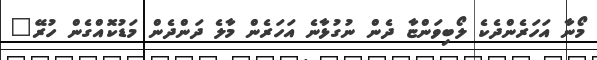
މޯނާ އަހަރެންދެކެ ލޯބިވަންޏާ ދެން ނުގުޅާނެ އަހަރެން މާލެ ދަންދެން މަޑުކޮއްގެން ހުރޭ"